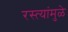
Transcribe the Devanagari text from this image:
रस्त्यांमुळे